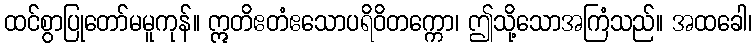
ထင်စွာပြုတော်မမူကုန်။ ဣတိဧတံဧသောပရိဝိတက္ကော၊ ဤသို့သောအကြံသည်။ အထခေါ၊